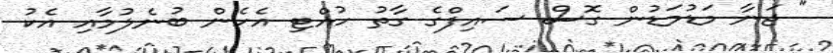
" ޖަނާ މަޑުމަޑުން ގޮސް ސައިފްގެ ގާތު ހުއްޓި އެހެން ބުނެލުމާއި އެކު